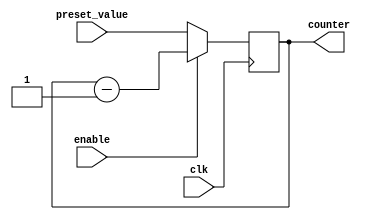
module binary_down_counter_with_enable (
    input wire clk,
    input wire enable,
    input wire [7:0] preset_value,
    output reg [7:0] counter
);

always @(posedge clk) begin
    if (enable) begin
        counter <= counter - 1;
    end else begin
        counter <= preset_value;
    end
end

endmodule